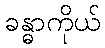
ခန္ဓာကိုယ်